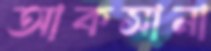
আকসানা